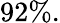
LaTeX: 92\% .